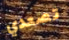
تصعدي